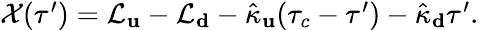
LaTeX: \begin{array}{r}{\mathcal{X}(\tau^{\prime})=\mathcal{L}_{\mathbf u}-\mathcal{L}_{\mathbf d}-\hat{\kappa}_{\mathbf u}(\tau_{c}-\tau^{\prime})-\hat{\kappa}_{\mathbf d}\tau^{\prime}.}\end{array}